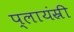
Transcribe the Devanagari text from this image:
प्लायंस्री